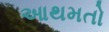
આથમતો